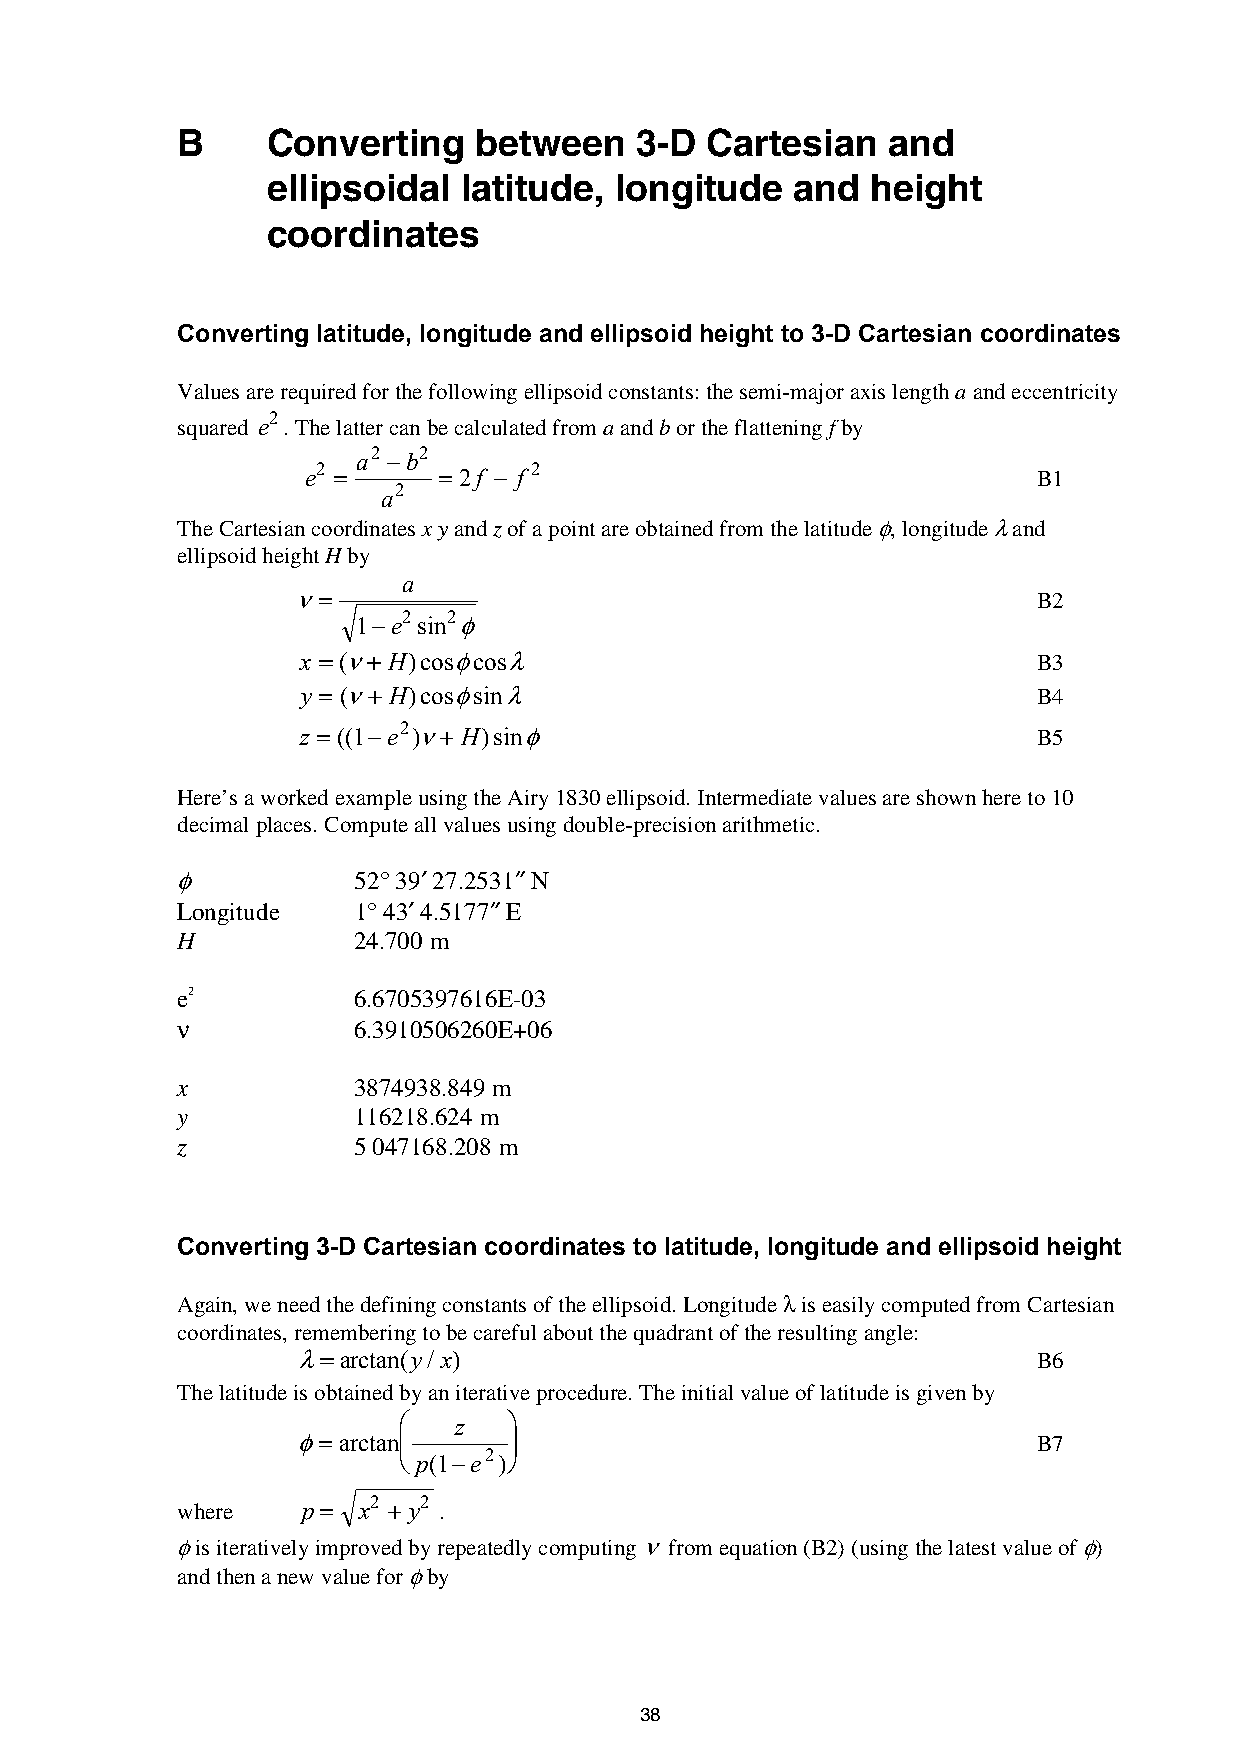
B     Converting   between    3-D  Cartesian   and
 ellipsoidal latitude,  longitude   and  height
 coordinates
 Converting latitude, longitude and ellipsoid height to 3-D Cartesian coordinates
 Values are required for the following ellipsoid constants: the semi-major axis length a and eccentricity
 2
 squared e . The latter can be calculated from a and b or the flattening f by
 a2 −b2
 e2 =     = 2f − f 2                              B1
 2
 a
 The Cartesian coordinates x y and z of a point are obtained from the latitude φ, longitude λ and
 ellipsoid height H by
 a
 ν=
 B2
 1−e2 sin2φ
 x = (ν+ H)cosφcosλ                               B3
 y = (ν+ H)cosφsinλ                               B4
 z = ((1−e2 )ν+ H)sinφ                            B5
 Here’s a worked example using the Airy 1830 ellipsoid. Intermediate values are shown here to 10
 decimal places. Compute all values using double-precision arithmetic.
 φ          52° 39′ 27.2531″ N
 Longitude  1° 43′ 4.5177″ E
 H          24.700 m
 e2         6.6705397616E-03
 ν          6.3910506260E+06
 x          3874938.849 m
 y          116218.624 m
 z          5 047168.208 m
 Converting 3-D Cartesian coordinates to latitude, longitude and ellipsoid height
 Again, we need the defining constants of the ellipsoid. Longitude λ is easily computed from Cartesian
 coordinates, remembering to be careful about the quadrant of the resulting angle:
 λ=arctan(y/x)
 B6
 The latitude is obtained by an iterative procedure. The initial value of latitude is given by
    z   
 φ= arctan                                      B7
 
 p(1−e2)
 where   p = x2 + y2 .
 φ is iteratively improved by repeatedly computing ν from equation (B2) (using the latest value of φ)
 and then a new value for φ by
 38